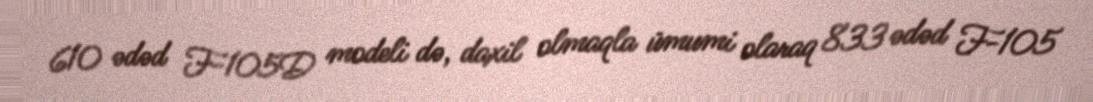
610 ədəd F-105D modeli də, daxil olmaqla ümumi olaraq 833 ədəd F-105